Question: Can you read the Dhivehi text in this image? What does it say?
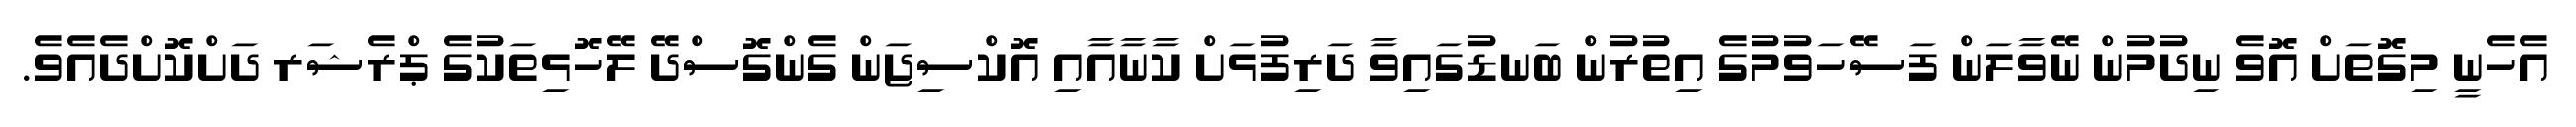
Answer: އެހެނީ މިގޮތަށް އޮވެ ނިދުމުން ނޭވާލަން ފަސޭހަވުމުގެ އިތުރުން ބަނޑުގައިވާ ދަރިފުޅަށް ކާނާއާއި އޮކްސިޖަން ގެންގޮސްދޭ ލޭހޮޅިތަކުގެ ޕްރެޝަރ ދަށްކޮށްދެއެވެ.